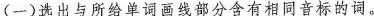
(一)选出与所给单词画线部分含有相同音标的词。